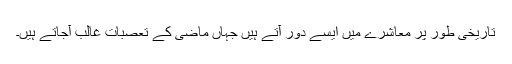
تاریخی طور پر معاشرے میں ایسے دور آتے ہیں جہاں ماضی کے تعصبات غالب آجاتے ہیں۔